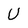
Character: U